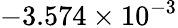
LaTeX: -3.574\times 10^{-3}